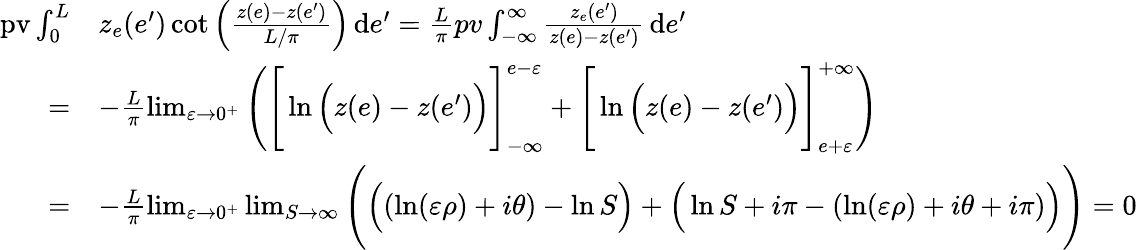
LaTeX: \begin{array}{rl}{\mathrm{pv}\int_{0}^{L}}&{z_{e}(e^{\prime})\cot\Big(\frac{z(e)-z(e^{\prime})}{L/\pi}\Big)\, \mathrm{d}e^{\prime}=\frac{L}{\pi}pv\int_{-\infty}^{\infty}\frac{z_{e}(e^{\prime})}{z(e)-z(e^{\prime})}\, \mathrm{d}e^{\prime}}\\ {=}&{-\frac{L}{\pi}\operatorname*{lim}_{\varepsilon\to 0^{+}}\Bigg(\Bigg[\ln\Big(z(e)-z(e^{\prime})\Big)\Bigg]_{-\infty}^{e-\varepsilon}+\Bigg[\ln\Big(z(e)-z(e^{\prime})\Big)\Bigg]_{e+\varepsilon}^{+\infty}\Bigg)}\\ {=}&{-\frac{L}{\pi}\operatorname*{lim}_{\varepsilon\to 0^{+}}\operatorname*{lim}_{S\to\infty}\Bigg(\Big((\ln(\varepsilon\rho)+i\theta)-\ln S\Big)+\Big(\ln S+i\pi-(\ln(\varepsilon\rho)+i\theta+i\pi)\Big)\Bigg)=0}\end{array}